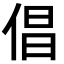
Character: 倡